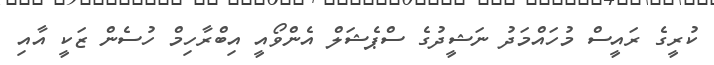
ކުރީގެ ރައީސް މުހައްމަދު ނަޝީދުގެ ސްޕެޝަލް އެންވޯއީ އިބްރާހިމް ހުސެން ޒަކީ އާއި